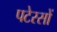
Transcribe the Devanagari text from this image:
पटेरसों